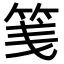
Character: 䇳